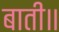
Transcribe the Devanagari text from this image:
बाती॥